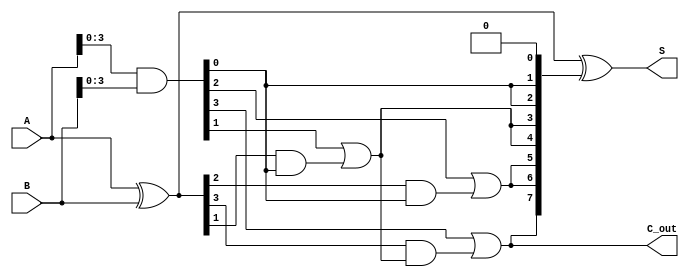
module brent_kung_adder #(parameter n = 8) (
    input  [n-1:0] A,
    input  [n-1:0] B,
    output [n-1:0] S,
    output         C_out
);

    // Generate and Propagate signals
    wire [n-1:0] G; // Generate
    wire [n-1:0] P; // Propagate
    wire [n:0] C;   // Carry

    assign G = A & B; // Generate
    assign P = A ^ B; // Propagate

    // Carry initialization
    assign C[0] = 0; // Initial carry is 0

    // Stage 1
    genvar i;
    generate
        for (i = 0; i < n/2; i = i + 1) begin : stage1
            assign C[2*i + 1] = G[i] | (P[i] & C[i]);
            assign C[2*i + 2] = G[i] | (P[i] & C[i]);
        end
    endgenerate

    // Stage 2
    generate
        for (i = 0; i < n/4; i = i + 1) begin : stage2
            assign C[4*i + 3] = G[2*i + 1] | (P[2*i + 1] & C[2*i + 1]);
            assign C[4*i + 4] = G[2*i + 1] | (P[2*i + 1] & C[2*i + 1]);
        end
    endgenerate

    // Stage 3
    generate
        for (i = 0; i < n/8; i = i + 1) begin : stage3
            assign C[8*i + 7] = G[4*i + 3] | (P[4*i + 3] & C[4*i + 3]);
            assign C[8*i + 8] = G[4*i + 3] | (P[4*i + 3] & C[4*i + 3]);
        end
    endgenerate

    // Final carry-out
    assign C_out = C[n];

    // Sum calculation
    assign S = P ^ C[n-1:0];

endmodule